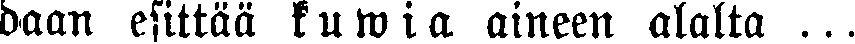
daan esittää kuwia aineen alalta ...